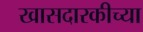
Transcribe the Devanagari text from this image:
खासदारकीच्या